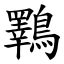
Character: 鸅